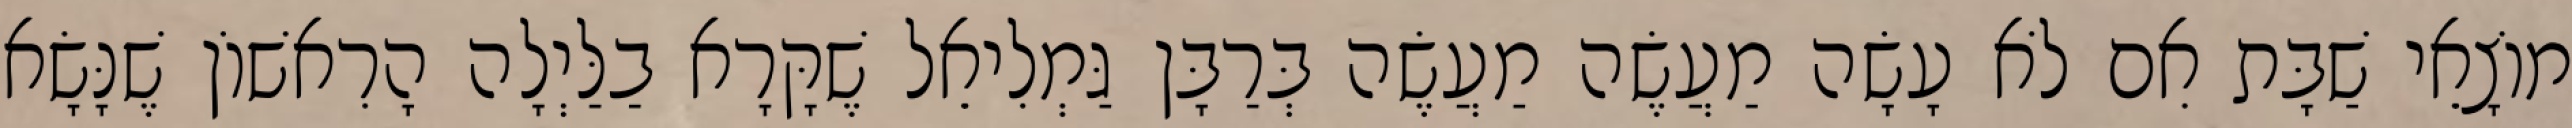
מוֹצָאֵי שַׁבָּת אִם לֹא עָשָׂה מַעֲשֶׂה מַעֲשֶׂה בְּרַבָּן גַּמְלִיאֵל שֶׁקָּרָא בַלַּיְלָה הָרִאשׁוֹן שֶׁנָּשָׂא